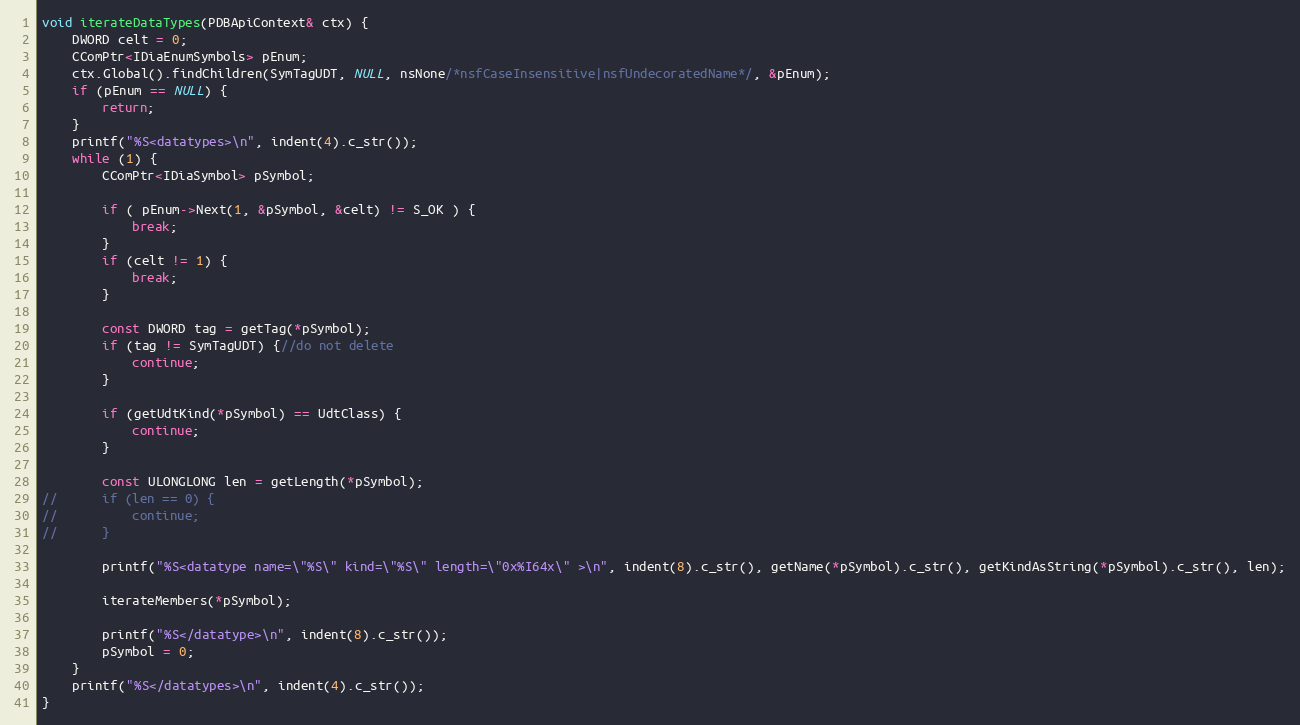
Language: C++
void iterateDataTypes(PDBApiContext& ctx) {
	DWORD celt = 0;
	CComPtr<IDiaEnumSymbols> pEnum;
	ctx.Global().findChildren(SymTagUDT, NULL, nsNone/*nsfCaseInsensitive|nsfUndecoratedName*/, &pEnum);
	if (pEnum == NULL) {
		return;
	}
	printf("%S<datatypes>\n", indent(4).c_str());
	while (1) {
		CComPtr<IDiaSymbol> pSymbol;

		if ( pEnum->Next(1, &pSymbol, &celt) != S_OK ) {
			break;
		}
		if (celt != 1) {
			break;
		}

		const DWORD tag = getTag(*pSymbol);
		if (tag != SymTagUDT) {//do not delete
			continue;
		}

		if (getUdtKind(*pSymbol) == UdtClass) {
			continue;
		}

		const ULONGLONG len = getLength(*pSymbol);
//		if (len == 0) {
//			continue;
//		}

		printf("%S<datatype name=\"%S\" kind=\"%S\" length=\"0x%I64x\" >\n", indent(8).c_str(), getName(*pSymbol).c_str(), getKindAsString(*pSymbol).c_str(), len);

		iterateMembers(*pSymbol);

		printf("%S</datatype>\n", indent(8).c_str());
		pSymbol = 0;
	}
	printf("%S</datatypes>\n", indent(4).c_str());
}